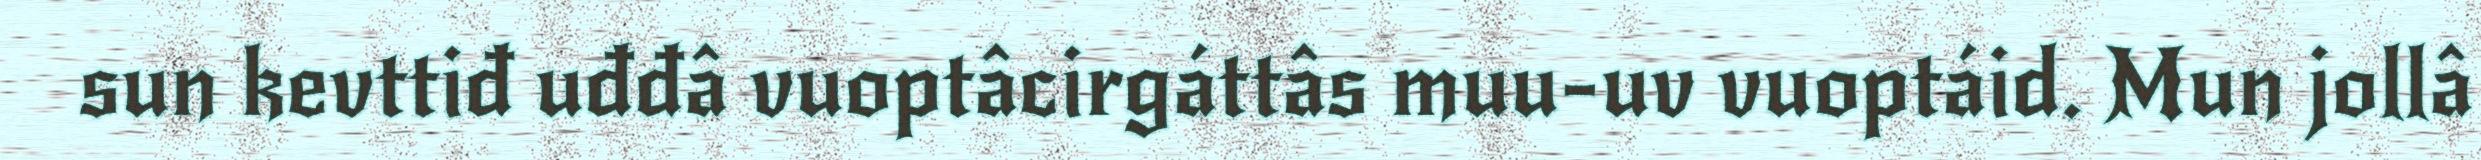
sun kevttiđ uđđâ vuoptâcirgáttâs muu-uv vuoptáid. Mun jollâ